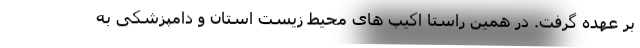
بر عهده گرفت. در همین راستا اکیپ های محیط زیست استان و دامپزشکی به